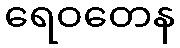
ရေဝတေန